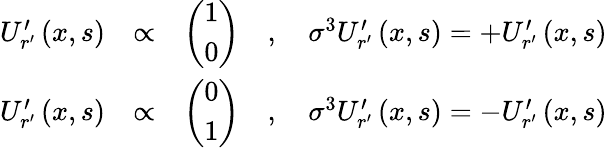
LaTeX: \begin{array}{rlr}{U_{r^{\prime}}^{\prime}\left(x,s\right)}&{\propto}&{\left(\begin{array}{c}{1}\\ {0}\end{array}\right)\quad,\quad\sigma^{3}U_{r^{\prime}}^{\prime}\left(x,s\right)=+U_{r^{\prime}}^{\prime}\left(x,s\right)}\\ {U_{r^{\prime}}^{\prime}\left(x,s\right)}&{\propto}&{\left(\begin{array}{c}{0}\\ {1}\end{array}\right)\quad,\quad\sigma^{3}U_{r^{\prime}}^{\prime}\left(x,s\right)=-U_{r^{\prime}}^{\prime}\left(x,s\right)}\end{array}